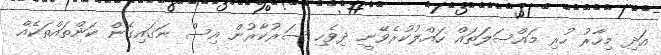
އަދި މިހާރު ހުރި މައްސަލަތައް ހައްލުކުރެވޭނީ ދިވެހި ސަރުކާރުން އިސް ނަގައިގެން ކަންތައްތަކެއް